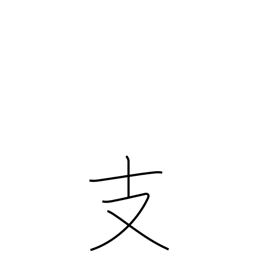
Meaning: branch radical (no. 65)